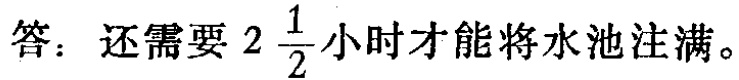
答：还需要 \(2\frac{1}{2}\) 小时才能将水池注满。